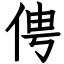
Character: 俜